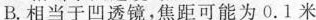
B.相当于凹透镜，焦距可能为0.1米